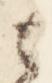
之